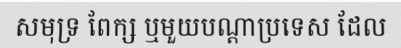
សមុទ្រ ពែក្ស ឬមួយបណ្តាប្រទេស ដែល